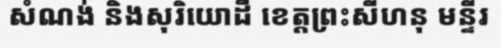
សំណង់ និងសុរិយោដី ខេត្តព្រះសីហនុ មន្ទីរ